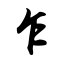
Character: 乍